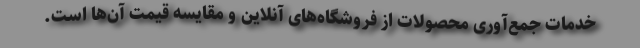
خدمات جمع‌آوری محصولات از فروشگاه‌های آنلاین و مقایسه قیمت آن‌ها است.